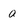
Character: a